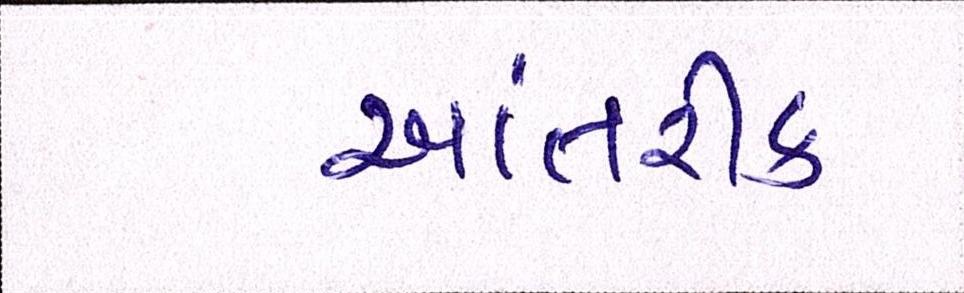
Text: આંતરીક